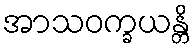
အာသဝက္ခယန္တိ